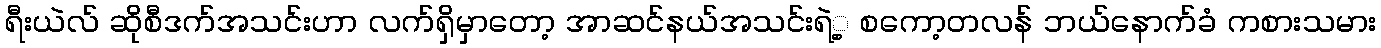
ရီးယဲလ် ဆိုစီဒက်အသင်းဟာ လက်ရှိမှာတော့ အာဆင်နယ်အသင်းရဲ့့ စကော့တလန် ဘယ်နောက်ခံ ကစားသမား